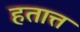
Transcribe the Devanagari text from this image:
हतात्त